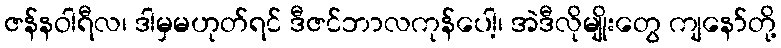
ဇန်နဝါရီလ၊ ဒါမှမဟုတ်ရင် ဒီဇင်ဘာလကုန်ပေါ့၊ အဲဒီလိုမျိုးတွေ ကျနော်တို့